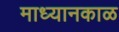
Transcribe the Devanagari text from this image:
माध्यानकाळ